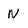
Character: N